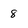
Character: 8